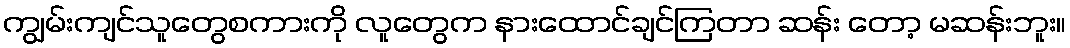
ကျွမ်းကျင်သူတွေစကားကို လူတွေက နားထောင်ချင်ကြတာ ဆန်း တော့ မဆန်းဘူး။